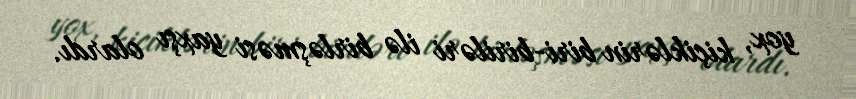
yox, kiçiklərin biri-biriləri ilə birləşməsi yaxşı olardı.